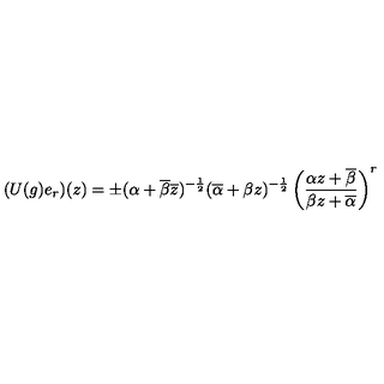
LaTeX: ( U ( g ) e _ { r } ) ( z ) = \pm ( \alpha + \overline { { \beta } } \overline { { z } } ) ^ { - \frac { 1 } { 2 } } ( \overline { { \alpha } } + \beta z ) ^ { - \frac { 1 } { 2 } } \left( \frac { \alpha z + \overline { { \beta } } } { \beta z + \overline { { \alpha } } } \right) ^ { r }